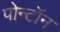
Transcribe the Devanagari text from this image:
पोन्टॉन